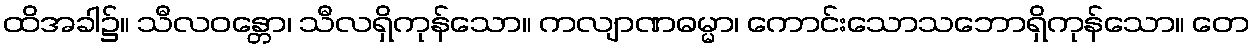
ထိအခါ၌။ သီလဝန္တော၊ သီလရှိကုန်သော။ ကလျာဏဓမ္မာ၊ ကောင်းသောသဘောရှိကုန်သော။ တေ